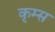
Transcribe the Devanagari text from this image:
कृम्स